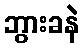
ဘွားခနဲ